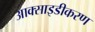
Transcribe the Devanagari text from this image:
आक्साइडीकरण